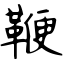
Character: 鞭